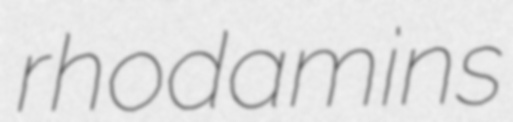
rhodamins